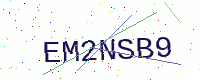
Text: EM2NSB9